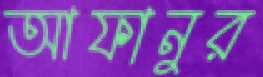
আফানুর